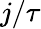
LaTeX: j/\tau